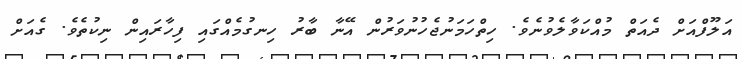
އަލޫފްއަށް ދެއަތް މުއްކަވާލެވުނެވެ. ހިތްހަމަނުޖެހުނުވަރުން އޭނާ ބާރު ހިނގުމެެއްގައި ފިހާރައިން ނިކުތެވެ. ގެއަށް